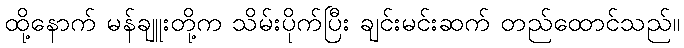
ထို့နောက် မန်ချူးတို့က သိမ်းပိုက်ပြီး ချင်းမင်းဆက် တည်ထောင်သည်။